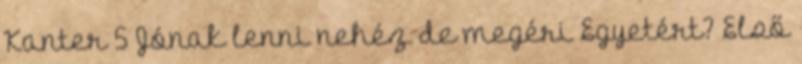
Kanter 5 Jónak lenni nehéz de megéri Egyetért? Első